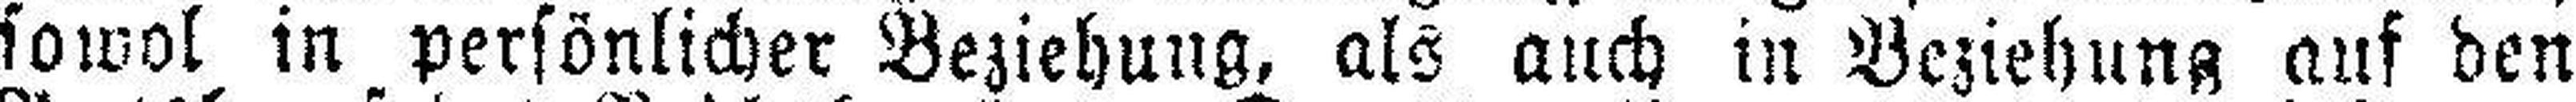
sowol in persönlicher Beziehung, als auch in Beziehung auf den